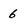
Character: 6